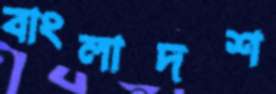
বাংলাদশ